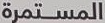
المستمرة